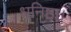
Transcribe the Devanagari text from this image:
धनिष्ठा।